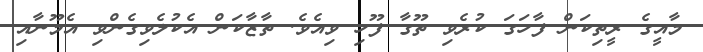
މާއީގެ ރީތިކަން ފާހަގަ ކުރެވި ތޫގާ ފޫހި ވިއެވެ. ތާޒާކަން އެކުލެވިގެންވި އެމޫނާއި